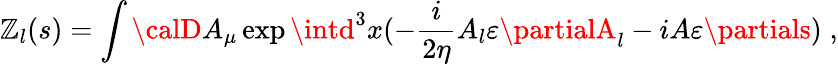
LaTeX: \mathbb{Z}_{l}(s)=\int{\calD}A_{\mu}\exp\intd^{3}x(-\frac{i}{{2\eta}}A_{l}\varepsilon\partialA_{l}-iA\varepsilon\partials)\; ,